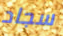
سجاد